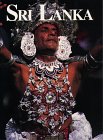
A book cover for Sri Lanka Our World In Colour; Gillian Wright; Travel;